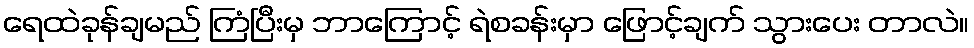
ရေထဲခုန်ချမည် ကြံပြီးမှ ဘာကြောင့် ရဲစခန်းမှာ ဖြောင့်ချက် သွားပေး တာလဲ။